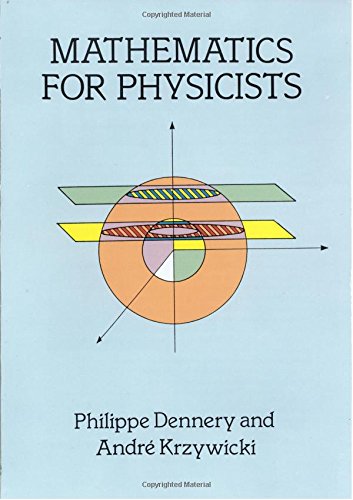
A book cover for Mathematics for Physicists (Dover Books on Physics); Philippe Dennery; Science & Math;